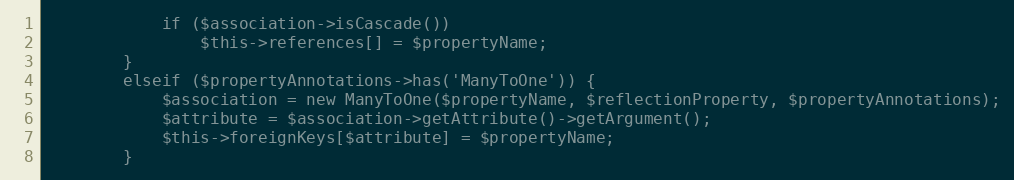
Language: PHP
			if ($association->isCascade())
				$this->references[] = $propertyName;
		}
		elseif ($propertyAnnotations->has('ManyToOne')) {
			$association = new ManyToOne($propertyName, $reflectionProperty, $propertyAnnotations);
			$attribute = $association->getAttribute()->getArgument();
			$this->foreignKeys[$attribute] = $propertyName;
		}